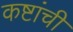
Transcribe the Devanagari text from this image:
कष्टांची